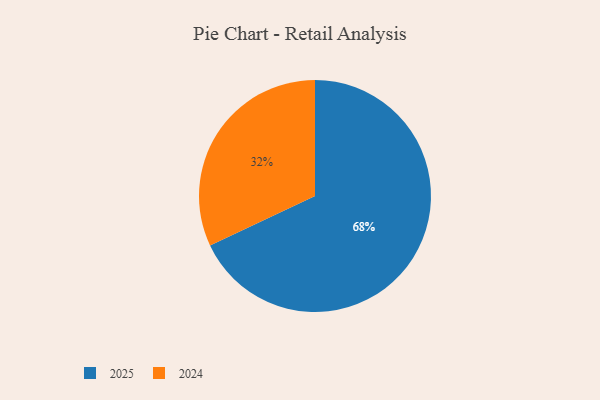
{"axis": {"x": "Category", "y": "Percentage"}, "legend": ["2024", "2025"], "data": [{"x": "2025", "y": 68, "type": "2025"}, {"x": "2024", "y": 32, "type": "2024"}]}